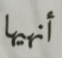
أنهيها